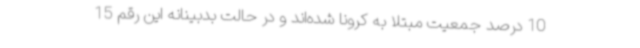
10 درصد جمعیت مبتلا به کرونا شده‌اند و در حالت بدبینانه این رقم 15